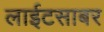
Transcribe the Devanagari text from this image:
लाईटसाबर